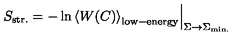
\left. S _ { \mathrm { s t r . } } = - \ln \left< W ( C ) \right> _ { \mathrm { l o w - e n e r g y } } \right| _ { \Sigma \to \Sigma _ { \mathrm { m i n . } } }